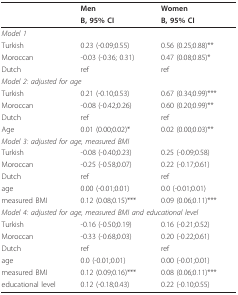
|  | Men | Women |
 |  | B, 95% CI | B, 95% CI |
 | --- | --- | --- |
 | <COLSPAN=3> Model 1 |
 | Turkish | 0.23 (-0.09;0.55) | 0.56 (0.25;0.88)** |
 | Moroccan | -0.03 (-0.36; 0.31) | 0.47 (0.08;0.85)* |
 | Dutch | ref | ref |
 | <COLSPAN=3> Model 2: adjusted for age |
 | Turkish | 0.21 (-0.10;0.53) | 0.67 (0.34;0.99)*** |
 | Moroccan | -0.08 (-0.42;0.26) | 0.60 (0.20;0.99)** |
 | Dutch | ref | ref |
 | Age | 0.01 (0.00;0.02)* | 0.02 (0.00;0.03)** |
 | <COLSPAN=3> Model 3: adjusted for age, measured BMI |
 | Turkish | -0.08 (-0.40;0.23) | 0.25 (-0.09;0.58) |
 | Moroccan | -0.25 (-0.58;0.07) | 0.22 (-0.17;0.61) |
 | Dutch | ref | ref |
 | age | 0.00 (-0.01;0.01) | 0.0 (-0.01;0.01) |
 | measured BMI | 0.12 (0.08;0.15)*** | 0.09 (0.06;0.11)*** |
 | <COLSPAN=3> Model 4: adjusted for age, measured BMI and educational level |
 | Turkish | -0.16 (-0.50;0.19) | 0.16 (-0.21;0.52) |
 | Moroccan | -0.33 (-0.68;0.03) | 0.20 (-0.22;0.61) |
 | Dutch | ref | ref |
 | age | 0.0 (-0.01;0.01) | 0.00 (-0.01;0.01) |
 | measured BMI | 0.12 (0.09;0.16)*** | 0.08 (0.06;0.11)*** |
 | educational level | 0.12 (-0.18;0.43) | 0.22 (-0.10;0.55) |